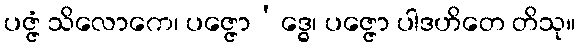
ပဇ္ဇံ သိလောကေ၊ ပဇ္ဇော’ဒ္ဓေ၊ ပဇ္ဇော ပါဒဟိတေ တိသု။